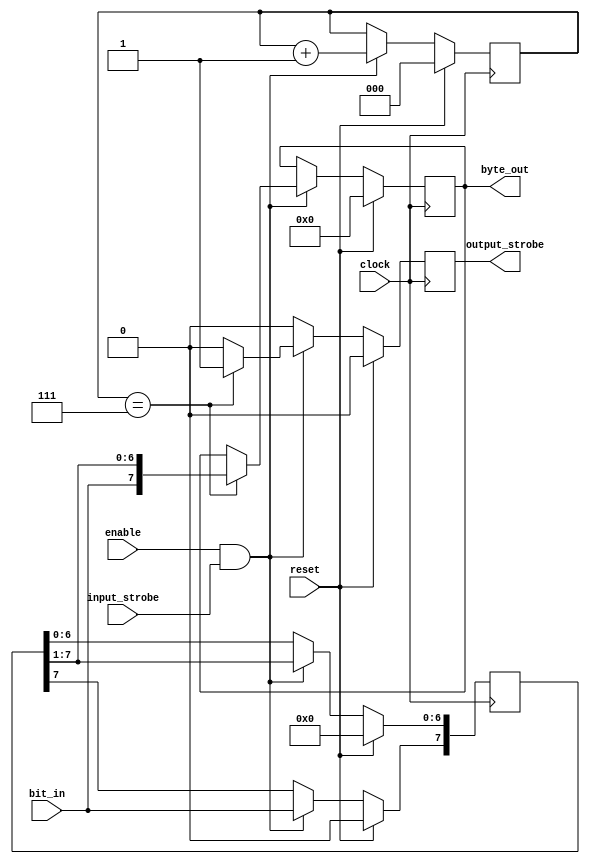
module bits_to_bytes
(
    input clock,
    input enable,
    input reset,

    input bit_in,
    input input_strobe,

    output reg [7:0] byte_out,
    output reg output_strobe
);

reg [7:0] bit_buf;
reg [2:0] addr;

always @(posedge clock) begin
    if (reset) begin
        addr <= 0;
        bit_buf <= 0;
        byte_out <= 0;
        output_strobe <= 0;
    end else if (enable & input_strobe) begin
        bit_buf[7] <= bit_in;
        bit_buf[6:0] <= bit_buf[7:1];
        addr <= addr + 1;
        if (addr == 7) begin
            byte_out <= {bit_in, bit_buf[7:1]};
            output_strobe <= 1;
        end else begin
            output_strobe <= 0;
        end
    end else begin
        output_strobe <= 0;
    end
end
endmodule